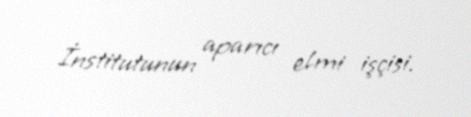
İnstitutunun aparıcı elmi işçisi.